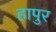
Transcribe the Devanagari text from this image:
हापुर